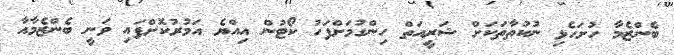
ބެންޒެމާ ހުށަހެޅި ނުކުތާތަކަށް ޝަރީއަތް ހިންގުމަށްފަހު ކޯޓުން އިއްޔެ އަމުރުކޮށްފައި ވަނީ ބެންޒެމާއާ